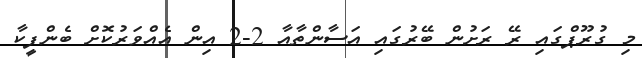
މި ގުރޫޕްގައި ރޭ ރަށުން ބޭރުގައި އަސާންތާއާ 2-2 އިން އެއްވަރުކޮށް ބެންފީކާ